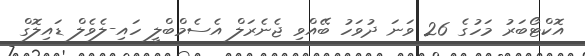
އޮކްޓޯބަރު މަހުގެ 26 ވަނަ ދުވަހު ބޭއްވި ޖެނެރަލް އެސެމްބްލީ ހައި-ލެވެލް ޑައިލޮގް